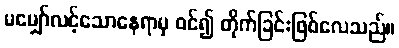
မမျှော်လင့်သောနေရာမှ ဝင်၍ တိုက်ခြင်းဖြစ်လေသည်။